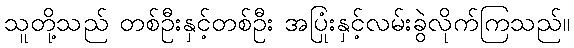
သူတို့သည် တစ်ဦးနှင့်တစ်ဦး အပြုံးနှင့်လမ်းခွဲလိုက်ကြသည်။